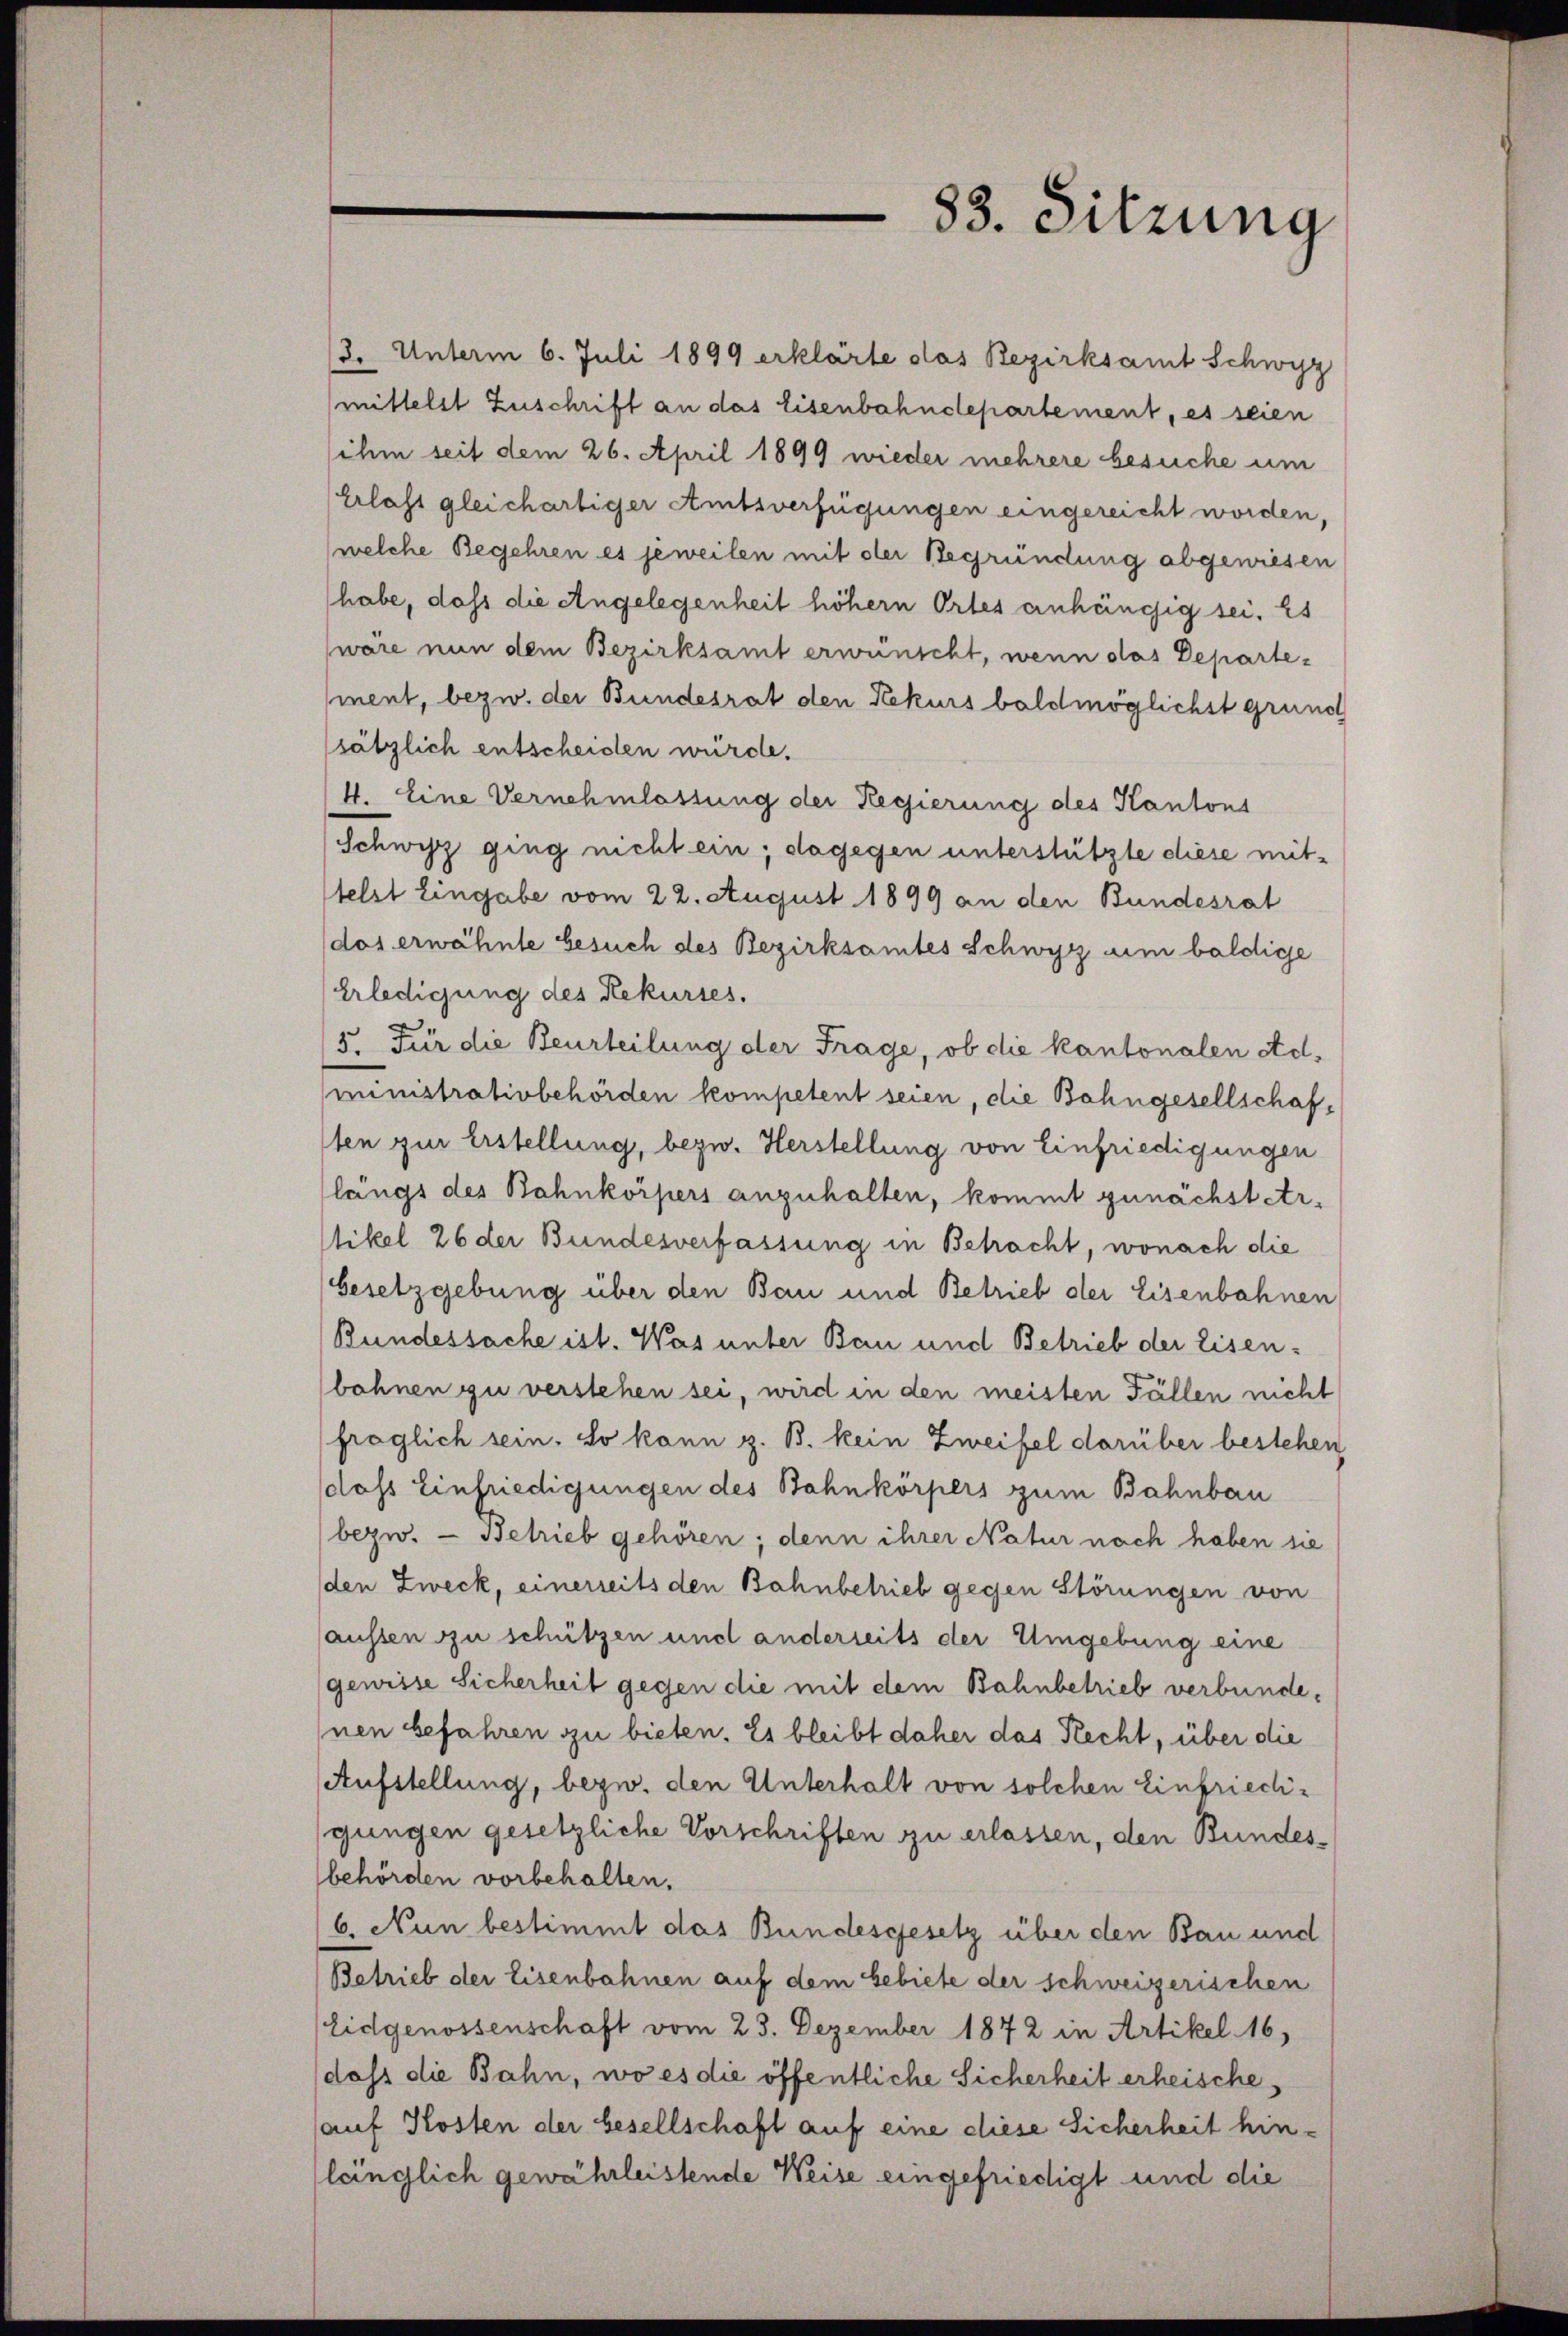
88. Sitzung

3. Unterm 6. Juli 1899 erklärte das Bezirksamt Schwyz
mittelst Zuschrift an das Eisenbahndepartement, es seien
ihm seit dem 26. April 1899 wieder mehrere besuche um
Erlast gleichartiger Amtsverfügungen eingereicht worden,
welche Begehren es jeweilen mit der Begründung abgewiesen
habe, dass die Angelegenheit höhern Ortes anhängig sei. Es
wäre nun dem Bezirksamt erwünscht, wenn das Departement, bezw. der Bundesrat den Rekurs baldmöglichst grund
sätzlich entscheiden würde.
4. Eine Vernehmlassung der Regierung des Kantons
Schwyz ging nicht ein; dagegen unterstützte diese mit-
telst Eingabe vom 22. August 1899 an den Bundesrat
dos erwähnte Gesuch des Bezirksamtes Schwyz um baldige
Erledigung des Rekurses.
5. Für die Beurteilung der Frage, ob die kantonalen Administrativbehörden kompetent seien, die Bahngesellschafsten zur Erstellung, bezw. Herstellung von Einfriedigungen
längs des Bahnkörpers anzuhalten, kommt zunächstetrtikel 26 der Bundesverfassung in Betracht, wonach die
Gesetzgebung über den Bau und Betrieb der Eisenbahnen
Bundessache ist. Was unter Bau und Betrieb der Eisen-
bohnen zu verstehen sei, wird in den meisten Fällen nicht
froglich sein. So kann z. B. kein Zweifel darüber bestehen
dass Einfriedigungen des Bahnkörpers zum Bahnbau
bezw. — Betrieb gehören; denn ihrer Natur nach haben sie
den Zweck, einerseits den Bahnbetrieb gegen Störungen von
aussen zu schützen und anderseits der Umgebung eine
gewisse Sicherheit gegen die mit dem Bahnbetrieb verbundenen befahren zu bieten. Es bleibt daher das Recht, über die
Aufstellung, bezw. den Unterhalt von solchen Einfriedigungen gesetzliche Vorschriften zu erlassen, den Bundesbehörden vorbehalten.
b. Nun bestimmt das Bundesgesetz über den Bau und
Betrieb der Eisenbahnen auf dem Gebiete der schweizerischen
Eidgenossenschaft vom 23. Dezember 1872 in Artikel 16,
dass die Bahn, wo es die öffentliche Sicherheit erheischeauf Kosten der besellschaft auf eine diese Sicherheit hinläinglich gewährleistende Weise eingefriedigt und die